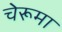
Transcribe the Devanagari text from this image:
चेरूमा